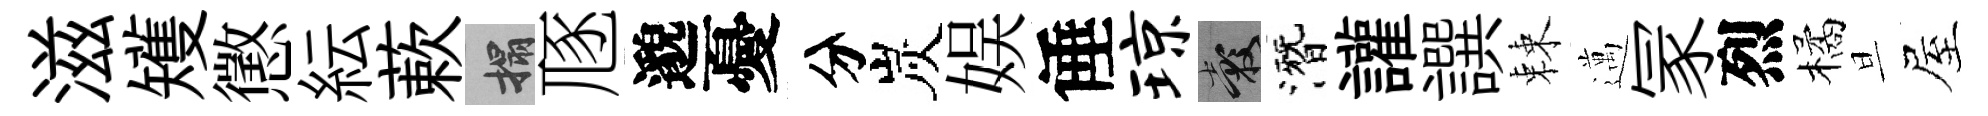
滋矱懲紜蔌搨豗邈憂分炭娱倕琼穀潛讙譔棘邁冡烈橘旦屋